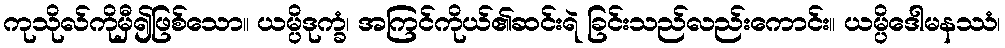
ကုသိုလ်ကိုမှီ၍ဖြစ်သော။ ယမ္ပိဒုက္ခံ၊ အကြင်ကိုယ်၏ဆင်းရဲ ခြင်းသည်လည်းကောင်း။ ယမ္ပိဒေါမနဿံ၊